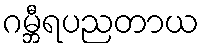
ဂမ္ဘီရပညတာယ